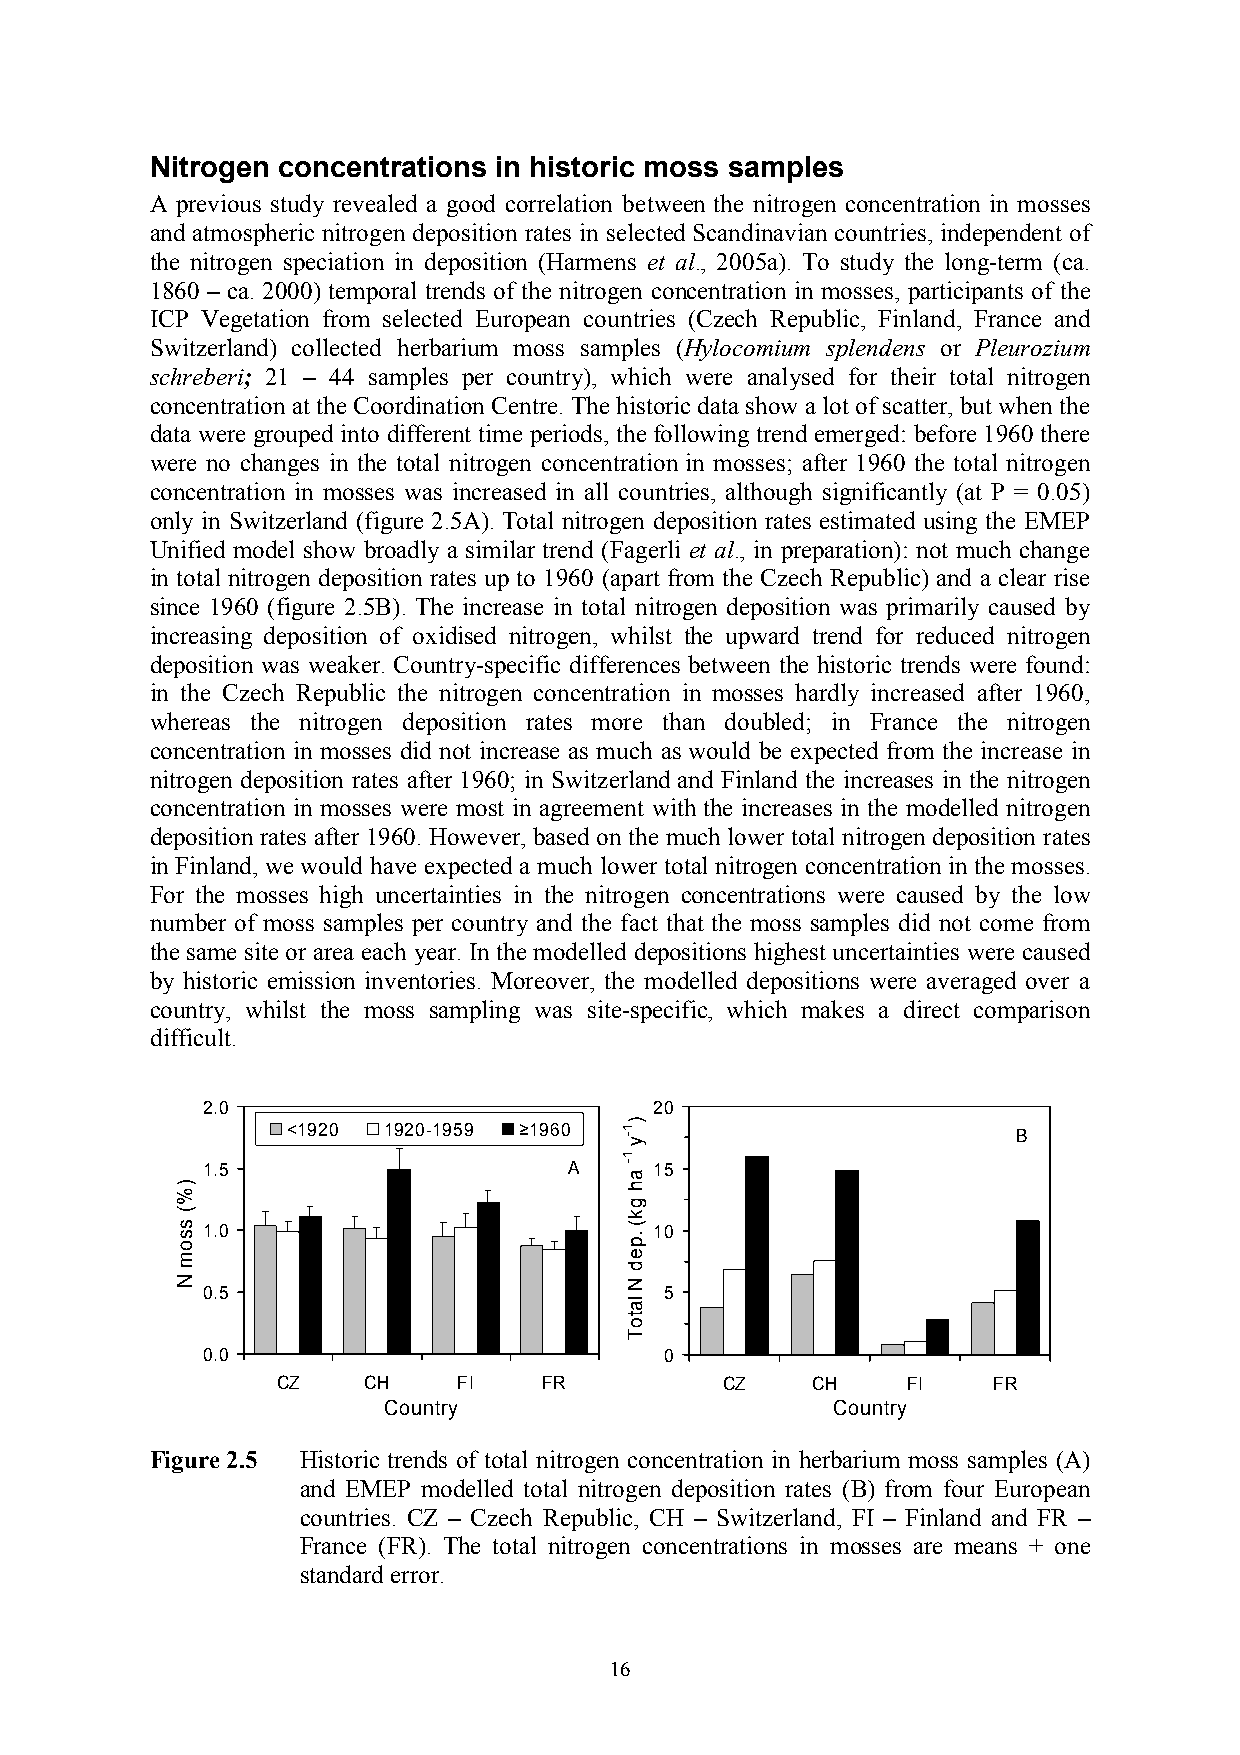
Nitrogen concentrations in historic moss samples
 A previous study revealed a good correlation between the nitrogen concentration in mosses
 and atmospheric nitrogen deposition rates in selected Scandinavian countries, independent of
 the nitrogen speciation in deposition (Harmens et al., 2005a). To study the long-term (ca.
 1860 – ca. 2000) temporal trends of the nitrogen concentration in mosses, participants of the
 ICP Vegetation from selected European countries (Czech Republic, Finland, France and
 Switzerland) collected herbarium moss samples (Hylocomium splendens or Pleurozium
 schreberi; 21 – 44 samples per country), which were analysed for their total nitrogen
 concentration at the Coordination Centre. The historic data show a lot of scatter, but when the
 data were grouped into different time periods, the following trend emerged: before 1960 there
 were no changes in the total nitrogen concentration in mosses; after 1960 the total nitrogen
 concentration in mosses was increased in all countries, although significantly (at P = 0.05)
 only in Switzerland (figure 2.5A). Total nitrogen deposition rates estimated using the EMEP
 Unified model show broadly a similar trend (Fagerli et al., in preparation): not much change
 in total nitrogen deposition rates up to 1960 (apart from the Czech Republic) and a clear rise
 since 1960 (figure 2.5B). The increase in total nitrogen deposition was primarily caused by
 increasing deposition of oxidised nitrogen, whilst the upward trend for reduced nitrogen
 deposition was weaker. Country-specific differences between the historic trends were found:
 in the Czech Republic the nitrogen concentration in mosses hardly increased after 1960,
 whereas the nitrogen deposition rates more than doubled; in France the nitrogen
 concentration in mosses did not increase as much as would be expected from the increase in
 nitrogen deposition rates after 1960; in Switzerland and Finland the increases in the nitrogen
 concentration in mosses were most in agreement with the increases in the modelled nitrogen
 deposition rates after 1960. However, based on the much lower total nitrogen deposition rates
 in Finland, we would have expected a much lower total nitrogen concentration in the mosses.
 For the mosses high uncertainties in the nitrogen concentrations were caused by the low
 number of moss samples per country and the fact that the moss samples did not come from
 the same site or area each year. In the modelled depositions highest uncertainties were caused
 by historic emission inventories. Moreover, the modelled depositions were averaged over a
 country, whilst the moss sampling was site-specific, which makes a direct comparison
 difficult.
 2.0                           20
 <1920 1920-1959 ≥1960                           B
 1.5                      A    15
 1.0                           10
 0.5                            5
 0.0                            0
 CZ    CH    FI    FR          CZ    CH    FI    FR
 Country                       Country
 Figure 2.5 Historic trends of total nitrogen concentration in herbarium moss samples (A)
 and EMEP modelled total nitrogen deposition rates (B) from four European
 countries. CZ – Czech Republic, CH – Switzerland, FI – Finland and FR –
 France (FR). The total nitrogen concentrations in mosses are means + one
 standard error.
 16
 )%(
 ssom
 N
 )1-y
 1-ah
 gk(
 .ped
 N
 latoT